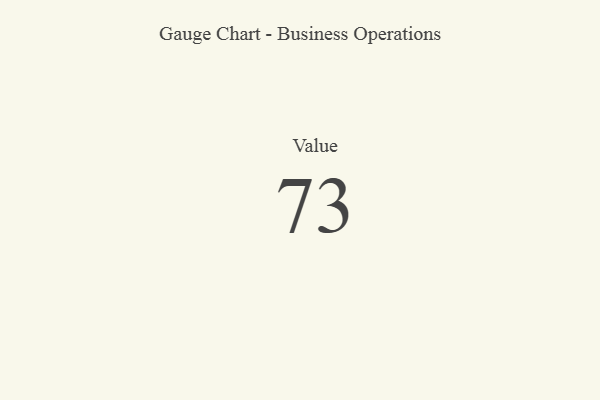
{"axis": {"x": "Metric", "y": "Value"}, "legend": [""], "data": [{"x": "Value", "y": 73, "type": ""}]}